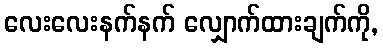
လေးလေးနက်နက် လျှောက်ထားချက်ကို,